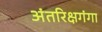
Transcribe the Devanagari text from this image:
अंतरिक्षगंगा